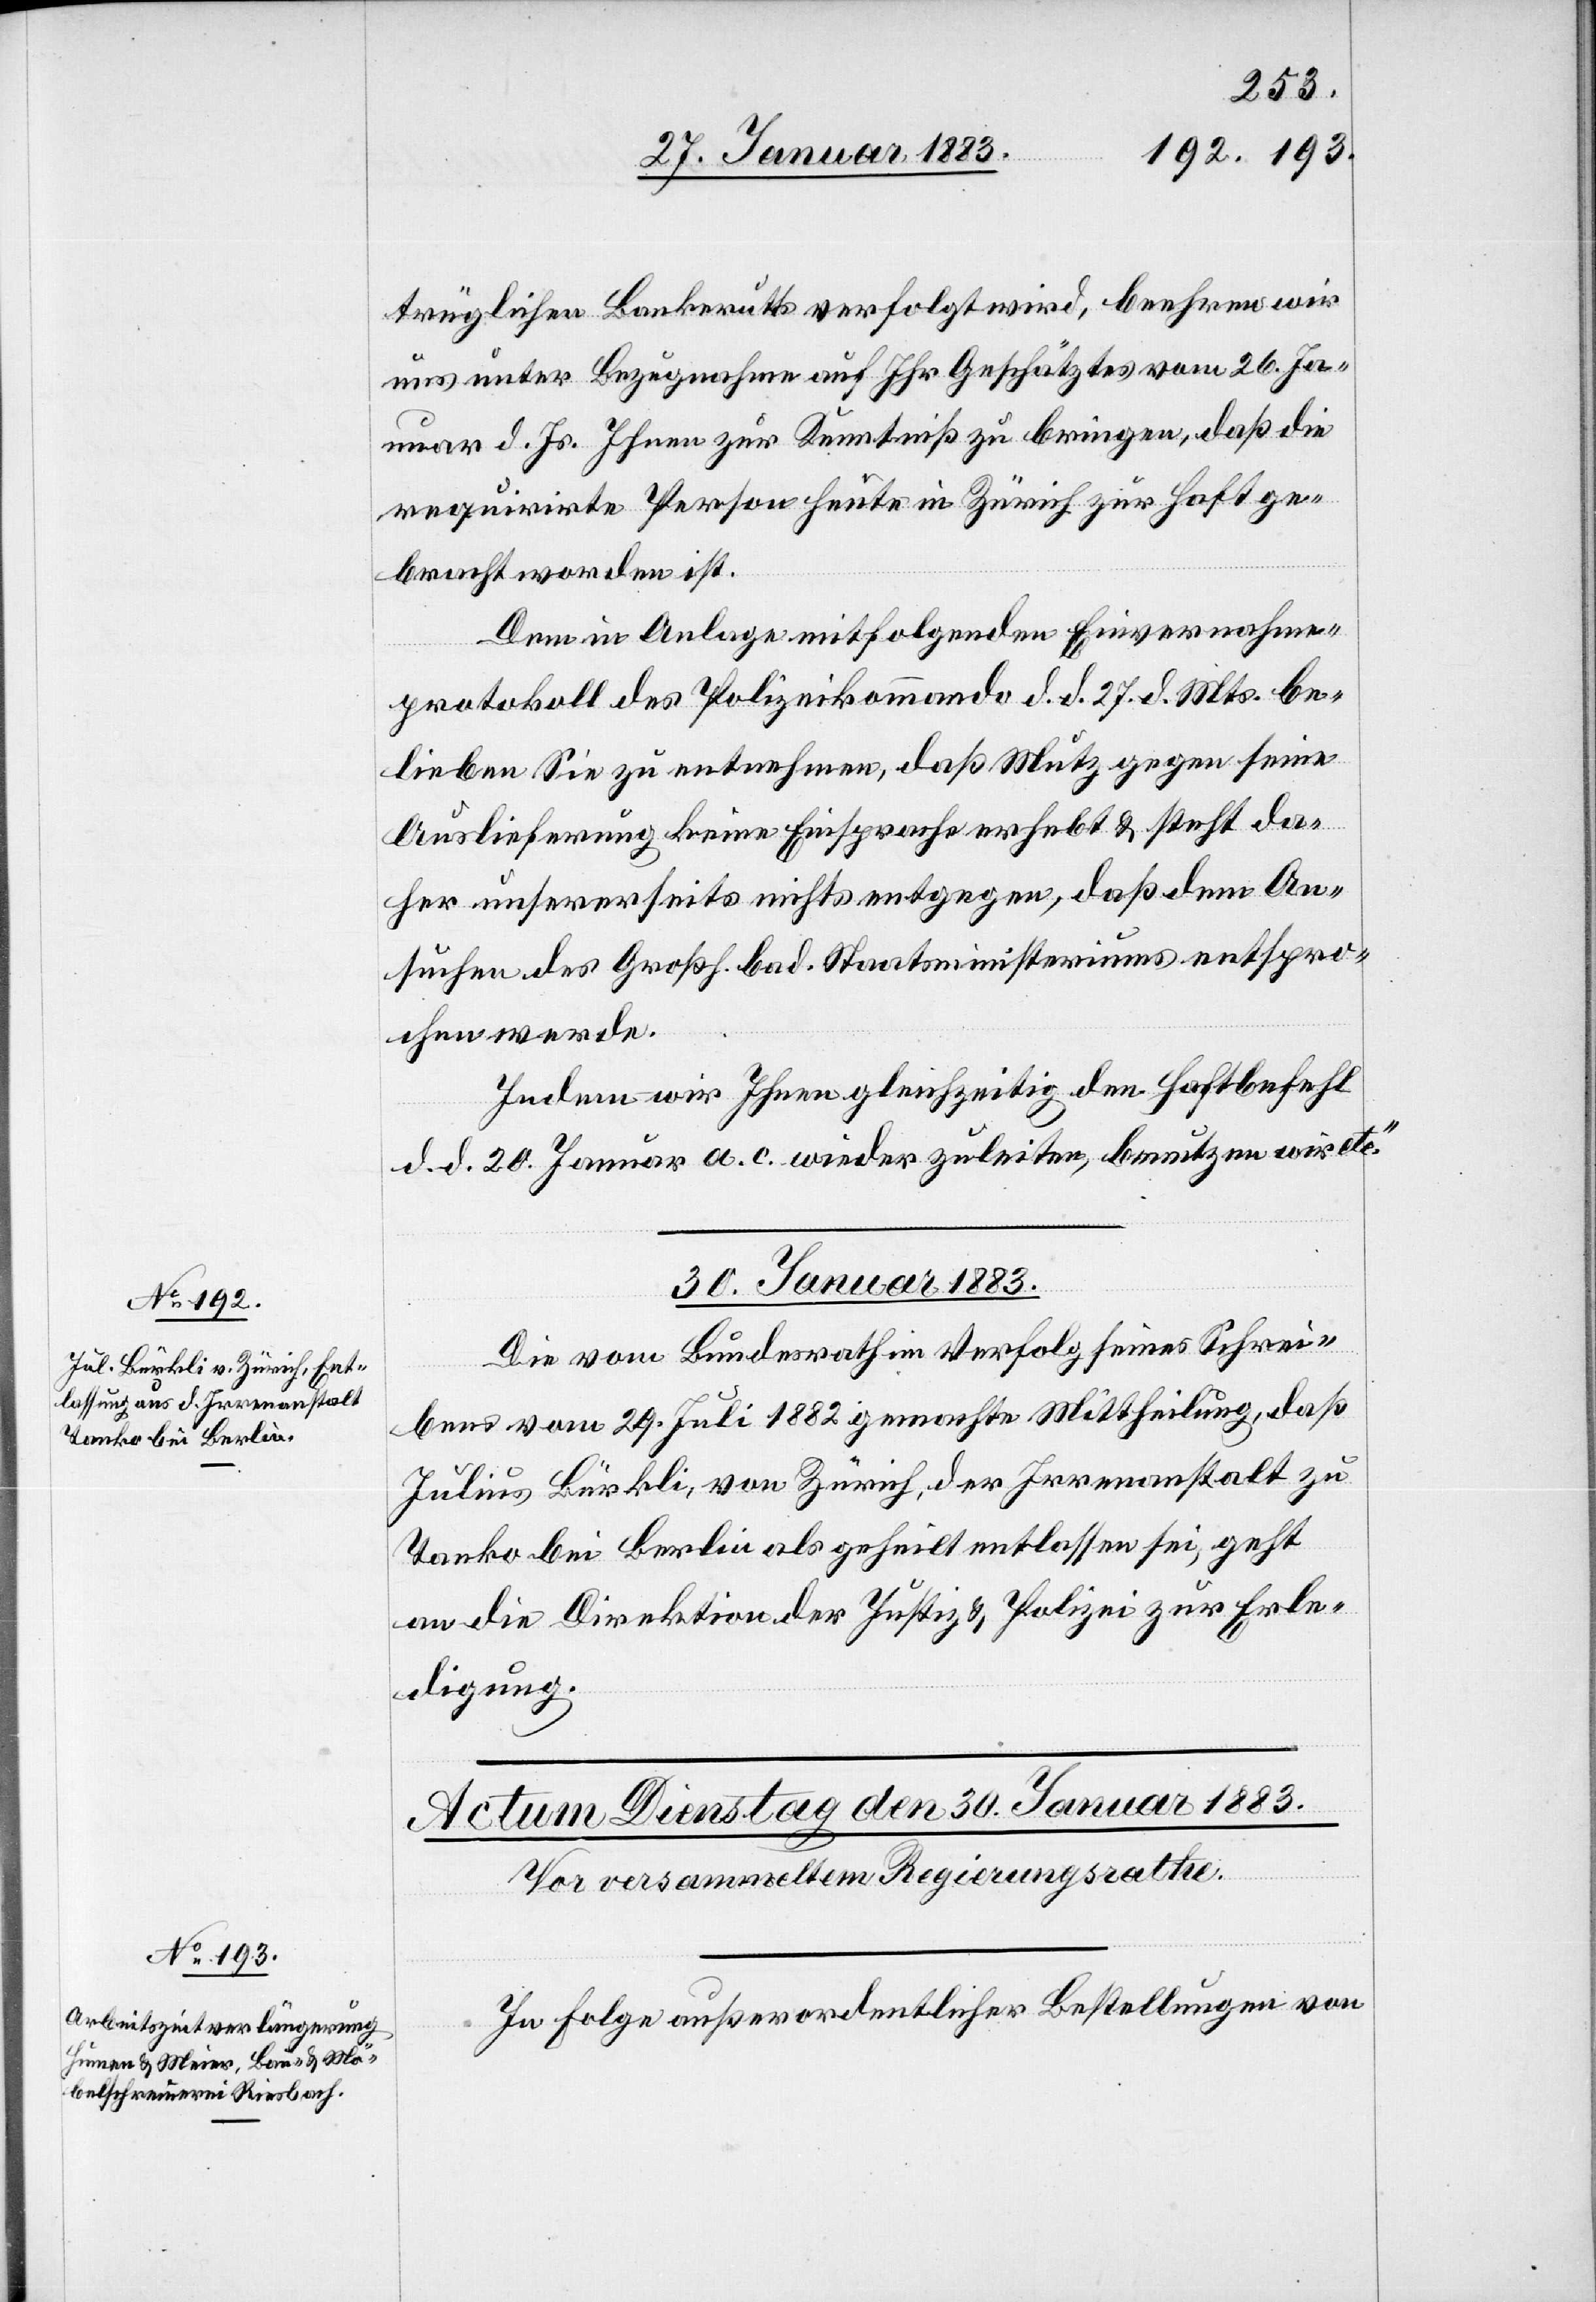
trüglichen Bankerutts [sic!] verfolgt wird, beehren wir
uns unter Bezugnahme auf Ihr Geschätztes vom 26. Ja¬
nuar d. Js. Ihnen zur Kenntniß zu bringen, daß die
requirirte Person heute in Zürich zur Haft ge¬
bracht worden ist.
Dem in Anlage mitfolgenden Einvernahme¬
protokoll des Polizeikommando d. d. 27. d. Mts. be¬
lieben Sie zu entnehmen, daß Mutz gegen seine
Auslieferung keine Einsprache erhebt & steht da¬
her unsererseits nichts entgegen, daß dem An¬
suchen des Großh. bad. Staatsministeriums entspro¬
chen werde.
Indem wir Ihnen gleichzeitig den Haftbefehl
d. d. 20. Januar a. c. wieder zuleiten, benutzen wir etc.“
30. Januar 1883.
Die vom Bundesrath im Verfolg seines Schrei¬
bens vom 29. Juli 1882 gemachte Mittheilung, daß
Julius Bürkli, von Zürich, der Irrenanstalt zu
Tanko bei Berlin als geheilt entlassen sei, geht
an die Direktion der Justiz & Polizei zur Erle¬
digung.
In Folge außerordentlicher Bestellungen von